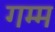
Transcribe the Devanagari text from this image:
गम्म